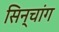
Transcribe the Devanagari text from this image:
सिन्चांग